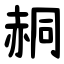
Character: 䞒